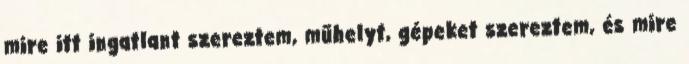
mire itt ingatlant szereztem, műhelyt, gépeket szereztem, és mire